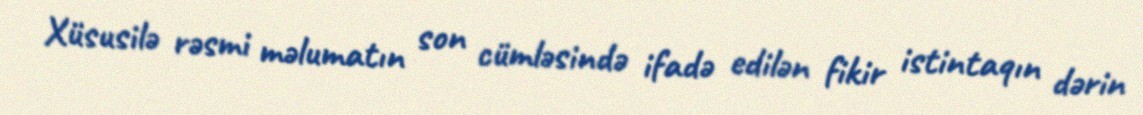
Xüsusilə rəsmi məlumatın son cümləsində ifadə edilən fikir istintaqın dərin